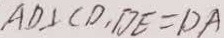
A D \bot C D , D E = D A